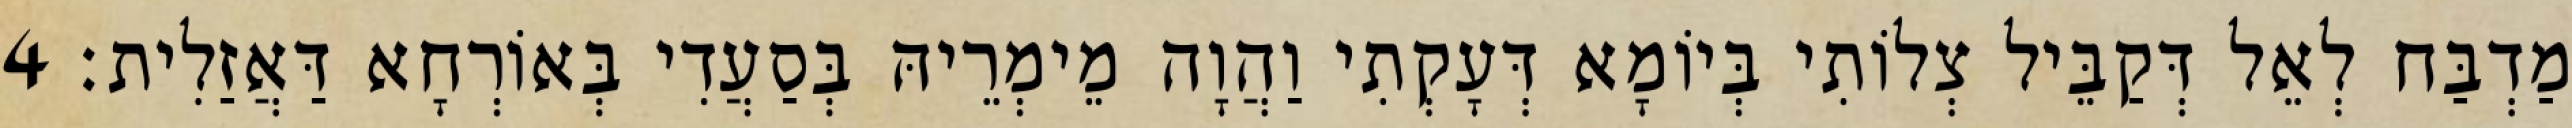
מַדְבַּח לְאֵל דְּקַבֵּיל צְלוֹתִי בְּיוֹמָא דְּעָקְתִי וַהֲוָה מֵימְרֵיהּ בְּסַעֲדִי בְּאוֹרְחָא דַּאֲזַלִית׃ 4